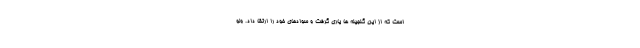
است که از این گنجینه ها یاری گرفت و سوادهای خود را ارتقا داد. ولو